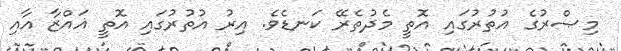
މިޞްރުގެ އުތުރުގައި އޮތީ މެދުތެރޭ ކަނޑެވެ. އިރު އުތުރުގައި އޮތީ ޣައްޒާ އާއި